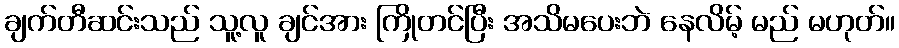
ချက်တီဆင်းသည် သူ့လူ ချင်အား ကြိုတင်ပြီး အသိမပေးဘဲ နေလိမ့် မည် မဟုတ်။